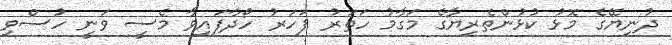
ދުނިޔޭގެ މޮޅު ކުޅުންތެރިޔާގެ މަގާމު ހަތަރު ފަހަރު ހޯދާފައިވާ މެސީ ވަނީ ހުސްވި